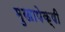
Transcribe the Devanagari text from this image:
मुखापेक्षी